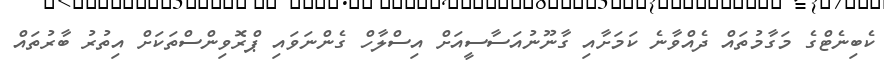
ކެބިނެޓްގެ މަގާމުތައް ދެއްވާނެ ކަމަށާއި ގާނޫނުއަސާސީއަށް އިސްލާހް ގެންނަވައި ޕްރޮވިންސްތަކަށް އިތުރު ބާރުތައް